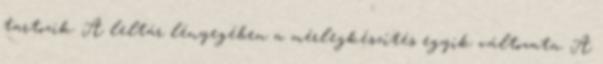
tartozik. A leltár lényegében a mérlegkészítés egyik változata. A